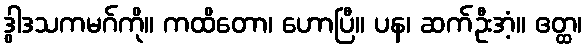
ဒွါဒသကမဂ်ကို။ ကထိတော၊ ဟောပြီ။ ပန၊ ဆက်ဦးအံ့။ ဧတ္ထ၊